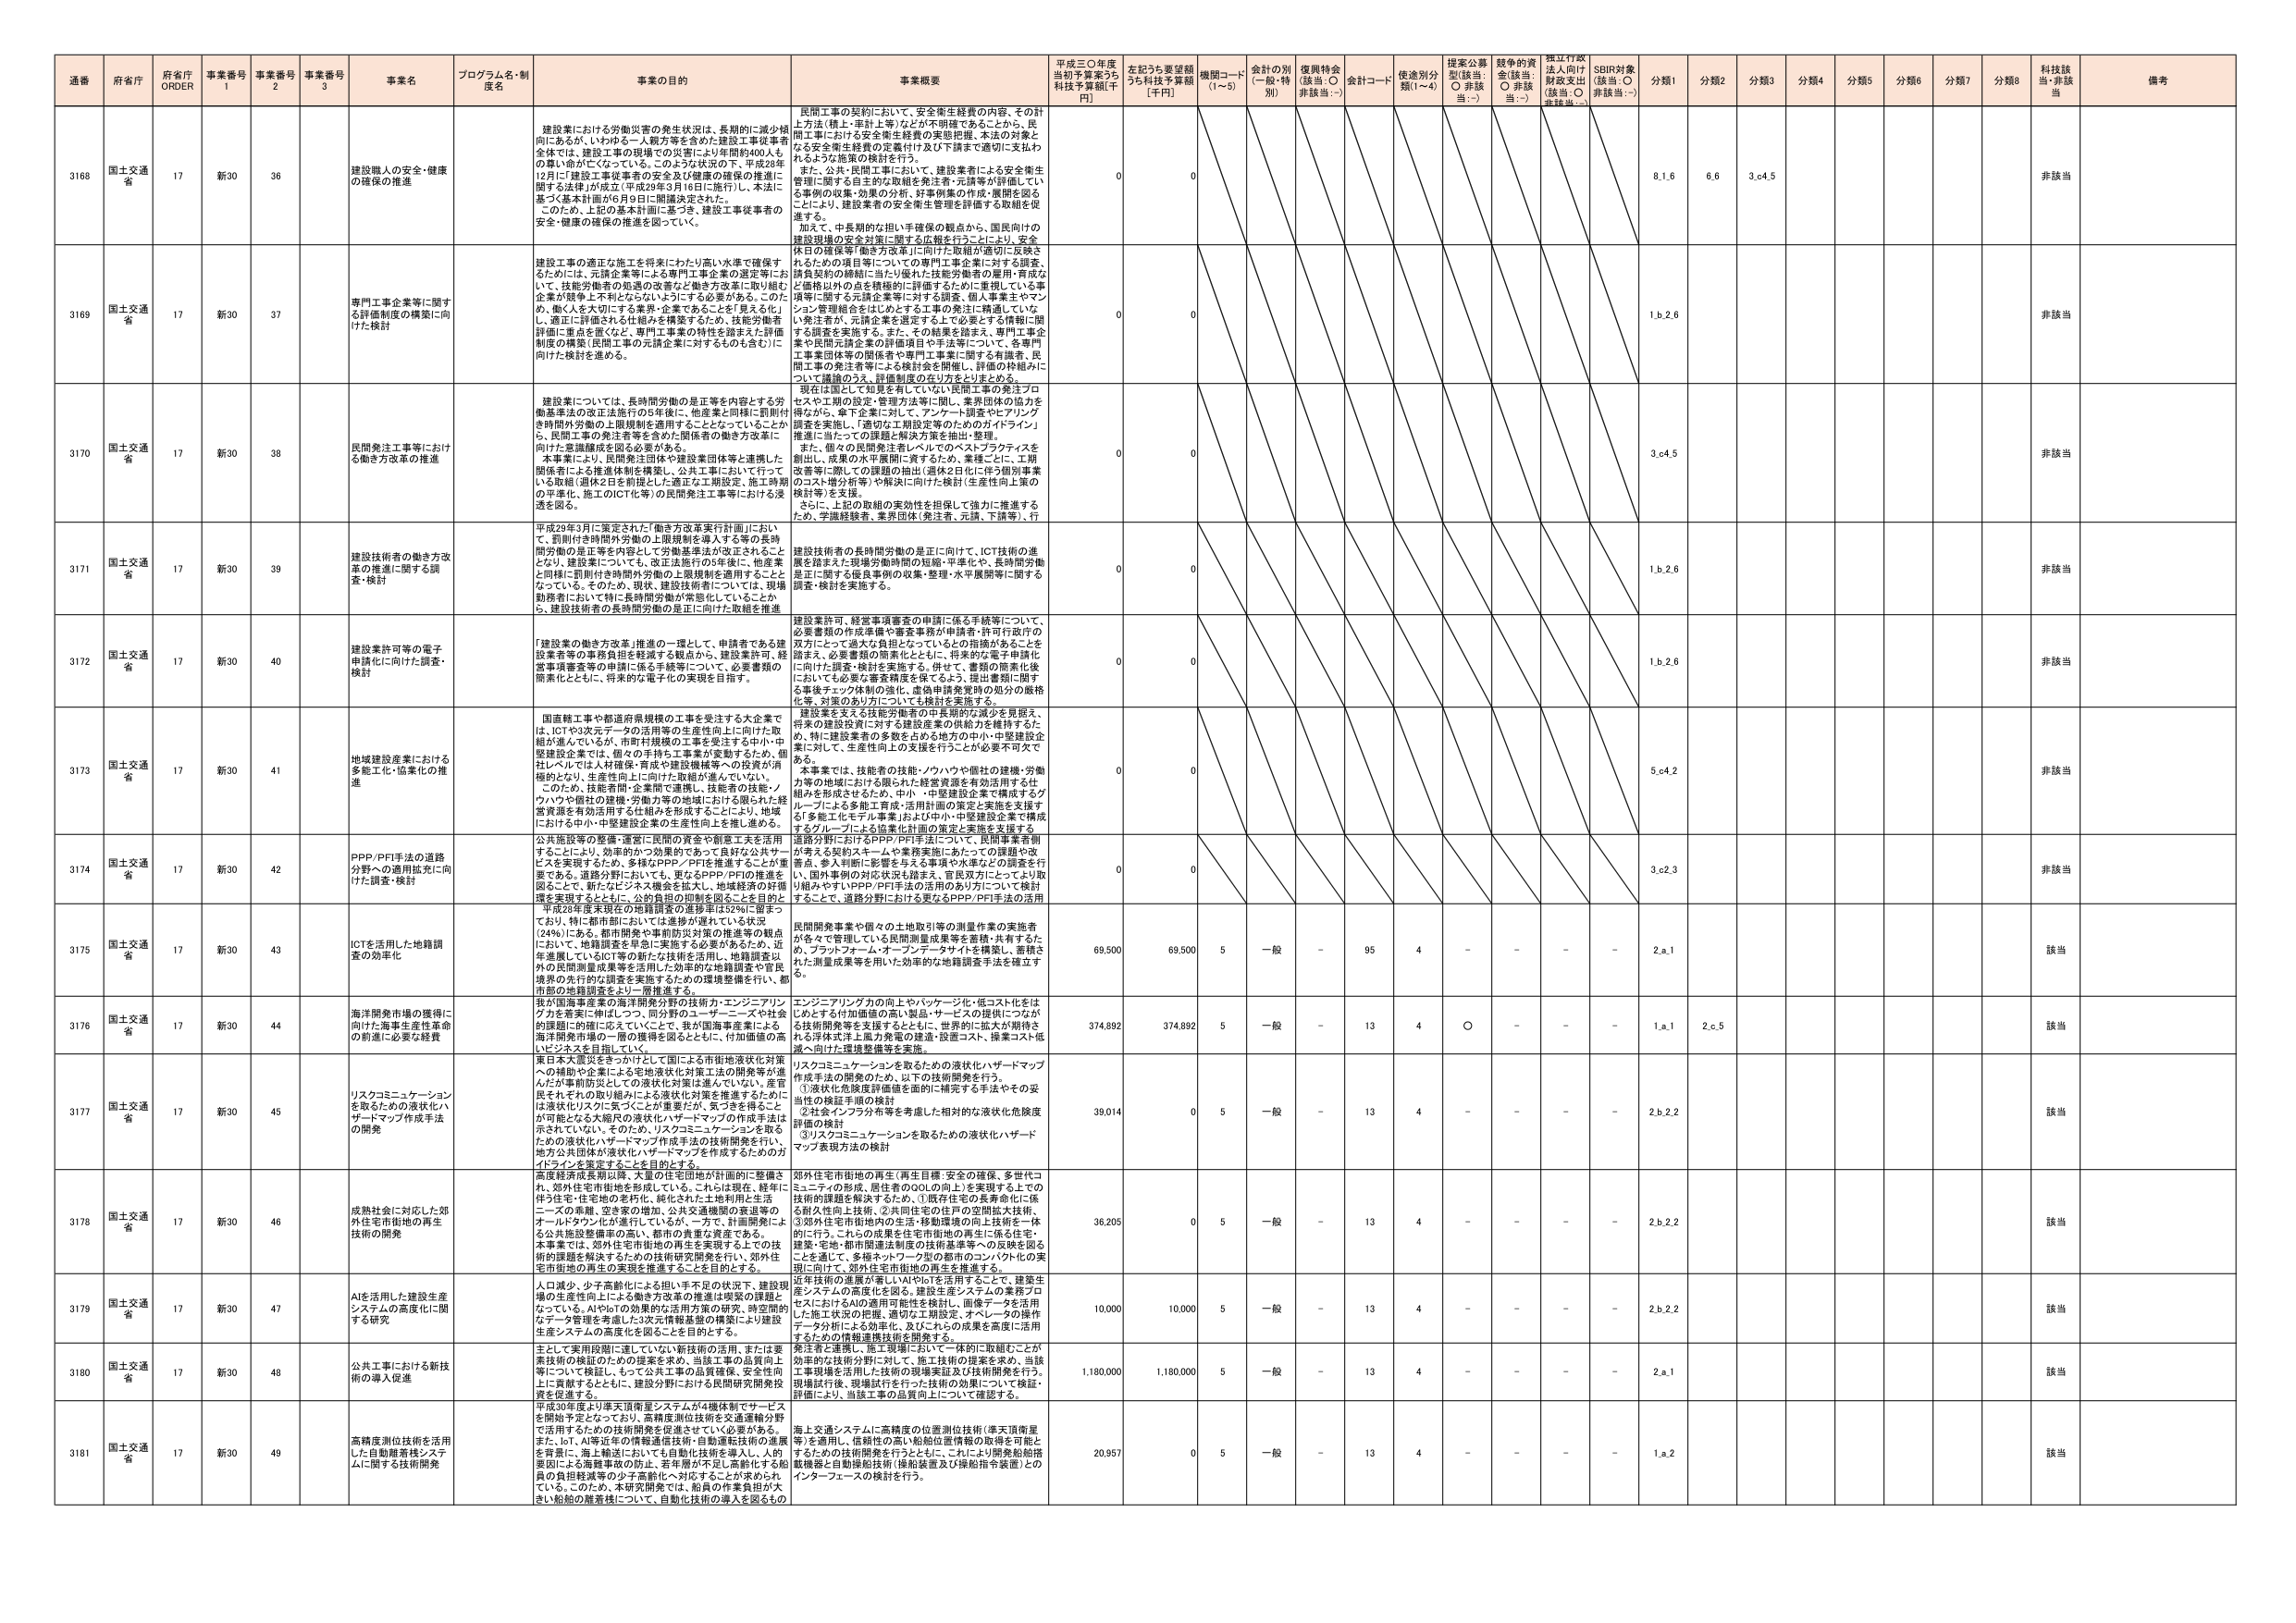
通番 府省庁 府省庁 ORDER 事業番号 1 事業番号 2 事業番号 3 事業名 プログラム名・制度名 事業の目的 事業概要 平成三〇年度当初予算案うち科技予算額[千円] 左記うち要望額うち科技予算額[千円] 機関コード(1～5) 会計の別(一般・特別) 復興特会(該当:○ 非該当:－) 会計コード 使途別分類(1～4) 提案公募型(該当:○ 非該当:－) 越年の資金(該当:○ 非該当:－) 採択行政法人向け財政支出(該当:○ 非該当:－) SDBI対象(該当:○ 非該当:－) 分類1 分類2 分類3 分類4 分類5 分類6 分類7 分類8 科技該当・非該当 備考

3168 国土交通省 17 新30 36 建設職人の安全・健康の確保の推進 建設業における労働災害の発生状況は、長期的に減少傾向にあるが、いわゆる一人親方等を含めた建設工事従事者全体では、建設工事の現場での災害により年間約400人もの尊い命が亡くなっている。このような状況の下、平成28年12月に「建設工事従事者の安全と健康の確保に関する法律」が成立（平成29年3月16日施行）。本法に基づく基本計画が6月9日に関閣決定された。このため、上記の基本計画に基づき、建設工事従事者の安全・健康の確保の推進を図っていく。 民間工事の契約において、安全衛生経費の内容、その計上方法（積上・単計上等）などが不明確であることから、民間工事における安全衛生経費の実態把握、本法の対象となる安全衛生経費の定額付け及び下請まで適切に支払われるような施策の検討を行う。また、公共・民間工事において、建設業者による安全衛生管理に関する自主的な取組を発注者・元請等が評価している事例の収集・効果の分析、好事例集の作成・展開を図ることにより、建設業者の安全衛生管理を評価する取組を促進する。加えて、中長期的な担い手確保の観点から、国民向けの建設現場の安全対策に関する広報を行うことにより、安全休日の確保等「働き方改革」に向けた取組が適切に反映されるための項目等についての専門工事企業に対する調査、請負契約の継続に当たり優れた技能労働者の雇用・育成など価格以外の点を積極的に評価するために重視している事項等に関する元請企業等に対する調査、個人事業主やマンショング管理組合をはじめとする工事の発注に精通している発注者が、元請企業を選定する上で必要とする情報に関する調査を実施する。また、その結果を踏まえ、専門工事企業や民間元請企業の評価項目や手法等について、各専門工事業団体等の関係者や専門工事業に関する有識者、民間工事の発注者等による検討を開始し、評価の枠組みについて議論のうえ、評価制度の在り方をとりまとめる。現在は国として知見を有していない民間工事の発注プロセスや工事の設定・管理方法等に関し、業界団体の協力を得ながら、専門企業に対して、アンケート調査やヒアリング調査を実施し、「適切な工事設定等のためのガイドライン」推進に当たっての課題と解決方策を抽出・整理。また、個人の民間発注者レベルでのベストプラクティスを創出し、成果の水平展開に資するため、業種ごとに、工期改善等に関しの課題の抽出（週休2日化に伴う個別事業のコスト増分析等）や解決に向けた検討（生産性向上策の検討等）を支援。さらに、上記の取組の実効性を担保して強力に推進するため、学識経験者、業界団体（発注者、元請、下請等）、行 0 0 8.1.6 6.6 3.c.4.5 非該当

3169 国土交通省 17 新30 37 専門工事企業等に関する評価制度の構築に向けた検討 建設工事の適正な施工を将来にわたり高い水準で確保するためには、元請企業等による専門工事企業の選定等において、技能労働者の処遇の改善など働き方改革に取り組む企業が競争上不利にならないようにする必要がある。このため、働く人を大切にする業界・企業であることを「見える化」し、適正に評価される仕組みを構築するため、技能労働者評価に重点を置くなど、専門工事業の特性を踏まえた評価制度の構築（民間工事の元請企業に対するものも含む）に向けた検討を進める。 0 0 1.b.2.6 非該当

3170 国土交通省 17 新30 38 民間発注工事等における働き方改革の推進 建設業については、長時間労働の是正等を内容とする労働基準法の改正法施行の1年後に、他業種と同様に罰則付き時間外労働の上限規制を適用することとなっていることから、民間工事の発注者等を含めた関係者の働き方改革に向けた意識醸成を図る必要がある。本事業により、民間発注団体や建設業団体等と連携した関係者による推進体制を構築し、公共工事において行っている取組（週休2日を前提とした適正な工期設定、施工時期の平準化、施工のICT化等）の民間発注工事等における浸透を図る。 0 0 3.c.4.5 非該当

3171 国土交通省 17 新30 39 建設技術者の働き方改革の推進に関する調査・検討 平成29年3月に策定された「働き方改革実行計画」において、罰則付き時間外労働の上限規制を導入する等の長時間労働の是正等を内容として労働基準法が改正されることとなり、建設業についても、改正法施行の5年後に、他業種と同様に罰則付き時間外労働の上限規制を適用することとなっている。そのため、現状、建設技術者については、現場勤務者において特に長時間労働が常態化していることから、建設技術者の長時間労働の是正に向けた取組を推進 建設技術者の長時間労働の是正に向けて、ICT技術の進展を踏まえた現場労働時間の短縮・平準化や、長時間労働是正に関する雇用事例の収集・整理・水平展開等に関する調査・検討を実施する。 0 0 1.b.2.6 非該当

3172 国土交通省 17 新30 40 建設業許可等の電子申請化に向けた調査・検討 「建設業の働き方改革」推進の一環として、申請者である建設業者等の事務負担を軽減する観点から、建設業許可、経営事項審査等の申請に係る手続等について、必要書類の簡素化とともに、将来的な電子化の実現を目指す。 建設業許可、経営事項審査の申請に係る手続等について、必要書類の作成準備や審査事務が申請者・許可行政庁の双方にとって過大な負担となっているとの指摘があることを踏まえ、必要書類の簡素化とともに、将来的な電子申請化に向けた調査・検討を実施する。併せて、書類の簡素化後においても必要審査精度を保てるよう、提出書類に関する事後チェック体制の強化、虚偽申請発覚時の処分の厳格化等、対策のあり方についても検討を実施する。 0 0 1.b.2.6 非該当

3173 国土交通省 17 新30 41 地域建設産業における多能工化・協業化の推進 国直轄工事や都道府県規模の工事を受注する大企業では、ICTや3次元データの活用等の生産性向上に向けた取組が進んでいるが、市町村規模の工事を受注する中小・中堅建設企業では、個々の手持ち工事量が変動するため、個社レベルでは人材確保・育成や建設機械等への投資が消極的となり、生産性向上に向けた取組が進んでいない。このため、技能者間・企業間で連携し、技能者の技能／ノウハウや機材の稼働・労働力等の地域における限られた経営資源を有効活用する仕組みを形成することにより、地域における中小・中堅建設企業の生産性向上を推し進める。 建設業を支える技能労働者の中長期的な減少を見据え、将来的建設投資に対する建設産業の供給力を維持するため、特に建設業者の多数を占める地方の中小・中堅建設企業に対して、生産性向上の支援を行うことが必要不可欠である。本事業では、技能者の技能／ノウハウや機材の建機・労働力等の地域における限られた経営資源を有効活用する仕組みを形成させるため、中小・中堅建設企業で構成するグループによる多能工育成・活用計画の策定と実施を支援する「多能工化モデル事業」および中小・中堅建設企業で構成するグループによる協業化計画の策定と実施を支援する 0 0 5.c.4.2 非該当

3174 国土交通省 17 新30 42 PPP/PFI手法の道路分野への適用拡充に向けた調査・検討 公共施設等の整備・運営に民間の資金や創意工夫を活用することにより、効率的かつ効果的であって良好な公共サービスを実現するため、多様なPPP／PFIを推進することが重要である。道路分野においても、更なるPPP／PFIの推進を図ることで、新たなビジネス機会を拡大し、地域経済の好循環を実現するとともに、公共投資の抑制を図ることを目的とし、平成28年度末現在の地籍調査の進捗率は52％に留まっており、特に都市部においては進捗が遅れている状況（24％）にある。都市開発や事前防災対策の推進等の観点において、地籍調査を早急に実施する必要があるため、近年進展しているICT等の新たな技術を活用し、地籍調査以外の民間測量成果等を活用した効率的な地籍調査や官民境界の先行的な調査を実施するための環境整備を行い、都市部の地籍調査をより一層推進する。 道路分野におけるPPP/PFI手法について、民間事業者側が考える契約スキームや業務実施にあたっての課題や改善点、参入判断に影響を与える事項や水準などの調査を行い、国内外事例の対応状況も踏まえ、官民双方にとってより取り組みやすいPPP/PFI手法の活用のあり方について検討することで、道路分野における更なるPPP/PFI手法の活用 0 0 3.c.2.3 非該当

3175 国土交通省 17 新30 43 ICTを活用した地籍調査の効率化 民間開発事業や個々の土地取り等の測量作業の実施者が各々で管理している民間測量成果等を蓄積・共有するため、ブックフォーム・オープンデータサイトを構築し、蓄積された測量成果等を用いた効率的な地籍調査手法を確立する。 69,500 69,500 5 一般 - 95 4 - - - - 2.a.1 該当

3176 国土交通省 17 新30 44 海洋開発市場の獲得に向けた海事生産性革命の創造に必要な経費 我が国海事産業の海事開発分野の技術力・エンジニアリング力を着実に伸ばしつつ、同分野のユーザー・ニーズや社会的課題に的確に応えていくことで、我が国海事産業による海洋開発市場の一角の獲得を図るとともに、付加価値の高いビジネスを目指していく。 エンジニアリング力の向上やパッケージ化・低コスト化をはじめとする付加価値の高い製品・サービスの提供につながる技術開発等を支援するとともに、世界的に拡大が期待される浮体式洋上風力発電の建造・設置コスト、操業コスト低減へ向けた環境整備等を実施。 374,892 374,892 5 一般 - 13 4 ○ - - - 1.a.1 2.c.5 該当

3177 国土交通省 17 新30 45 リスクコミュニケーションを取るための液状化ハザードマップ作成手法の開発 東日本大震災をきっかけとして国による市街地液状化対策への補助や企業による宅地液状化対策工法の開発等が進んだが事前防災としての液状化対策は進んでいない。産官民それぞれの取り組みによる液状化対策を推進するためには液状化リスクに気づくことが重要だが、気づきを得ることが可能となる大規模の液状化ハザードマップの作成手法は示されていない。そのため、リスクコミュニケーションを取るための液状化ハザードマップ作成手法の技術開発を行い、地方公共団体が液状化ハザードマップを作成するためのガイドラインを策定することを目的とする。 リスクコミュニケーションを取るための液状化ハザードマップ作成手法の開発のため、以下の技術開発を行う。①液状化危険度評価値を適切に補完する手法やその妥当性の検証手順の検討②社会インフラ分布等を考慮した相対的な液状化危険度評価の検討③リスクコミュニケーションを取るための液状化ハザードマップ表現方法の検討 39,014 0 5 一般 - 13 4 - - - - 2.b.2.2 該当

3178 国土交通省 17 新30 46 成熟社会に対応した郊外住宅街地の再生技術の開発 高度経済成長期以降、大量の住宅団地が計画的に整備され、郊外住宅街地を形成している。これらは現在、経年に伴う住宅・住宅地の老朽化、緑化された土地利用と生活ニーズの乖離、登る家の増加、公共交通機関の衰退等のオールドタウン化が進行しているが、一方で、計画開発による公共施設整備率の高い、都市の真重心資産である。本事業では、郊外住宅街地の再生を実現する上での技術的課題を解決するための技術研究開発を行い、郊外住宅街地等の再生の実現を推進することを目的とする。 郊外住宅街地の再生（再生目標：安全の確保、多世代コミュニティの形成、居住者のQOLの向上）を実現する上での技術的課題を解決するため、①既存住宅の長寿命化に係る耐久性向上技術、公共同住宅の住戸の空間拡大技術、③郊外住宅街地内の生活・移動環境の向上技術を一体的に行う。これらの成果を住宅街地の再生に係る住宅・建築・宅地・都市関連法制度の技術基準等への反映を図ることを通じて、多様ネットワーク型の都市のコンパクト化の実現に向けて、郊外住宅街地の再生を推進する。 36,205 0 5 一般 - 13 4 - - - - 2.b.2.2 該当

3179 国土交通省 17 新30 47 AIを活用した建設生産システムの高度化に関する研究 人口減少、少子高齢化による担い手不足の状況下、建設現場の生産性向上による働き方改革の推進は喫緊の課題となっている。AIやIoTの効果的な活用方策の研究、時空間的データ管理を考慮した3次元情報整備の構築により建設生産システムの高度化を図ることを目的とする。 近年技術の進展が著しいAIやIoTを活用することで、建設生産システムの高度化を図る。建設生産システムの業務プロセスにおけるAIの適用可能性を検討し、画像データを活用した施工状況の把握、適切な工期設定、オペレータの操作データ分析による効率化、及びこれらの成果を高度に活用するための情報連携技術を開発する。 10,000 10,000 5 一般 - 13 4 - - - - 2.b.2.2 該当

3180 国土交通省 17 新30 48 公共工事における新技術の導入促進 主として実用段階に達していない新技術の活用、または要素技術の検証のための提案を求め、当該工事の品質向上等について検証し、もって公共工事の品質や生産性向上に貢献するとともに、建設分野における民間研究開� 発を促進する。 発注者と連携し、施工現場において一体的に取組むことが効果的な技術分野に対して、施工技術の提案を求め、当該工事現場を活用した技術の検証実証及び技術開発を行う。現場試行後、現場試行を行った技術の効果について検証・評価により、当該工事の品質向上について確認する。 1,180,000 1,180,000 5 一般 - 13 4 - - - - 2.a.1 該当

3181 国土交通省 17 新30 49 高精度測位技術を活用した自動離着陸システムに関する技術開発 平成30年度より準天頂衛星システムが4機体制でサービスを開始予定となっており、高精度測位技術を交通運輸分野で活用するための技術開発を促進していく必要がある。また、IoT、AI等近年の情報通信技術・自動運転技術の進展を背景に、海上輸送においても自動化技術を導入し、人的要因による海難事故の防止、若年層が不足し高齢化する船員の負担軽減等の少子高齢化に対応することが求められている。このため、本研究開発では、船員の作業負担の大きい船舶の離着陸について、自動化技術の導入を図るもの 海上交通システムに高精度の位置測位技術（準天頂衛星等）を適用し、信頼性の高い船舶位置情報の取得を可能とするための技術開発を行うとともに、これにより開発船舶搭載機器と自動操船技術（操船装置及び操船指令装置）とのインターフェースの検討を行う。 20,957 0 5 一般 - 13 4 - - - - 1.a.2 該当